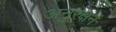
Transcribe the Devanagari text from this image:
अनुरक्षन